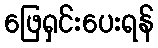
ဖြေရှင်းပေးရန်